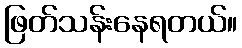
ဖြတ်သန်းနေရတယ်။